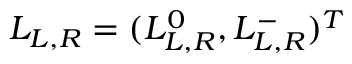
L _ { L , R } = ( L _ { L , R } ^ { 0 } , L _ { L , R } ^ { - } ) ^ { T }